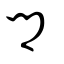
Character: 鄉